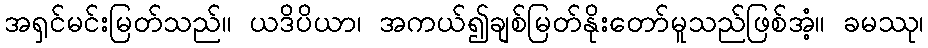
အရှင်မင်းမြတ်သည်။ ယဒိပိယာ၊ အကယ်၍ချစ်မြတ်နိုးတော်မူသည်ဖြစ်အံ့။ ခမဿု၊